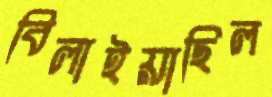
বিলাইয়াছিল